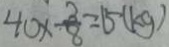
4 0 \times \frac { 3 } { 8 } = 1 5 ( k g )